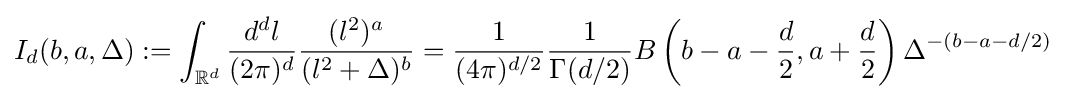
I_{d}(b,a,\Delta ):=\int _{\mathbb {R} ^{d}}{\frac {d^{d}l}{(2\pi )^{d}}}{\frac {(l^{2})^{a}}{(l^{2}+\Delta )^{b}}}={\frac {1}{(4\pi )^{d/2}}}{\frac {1}{\Gamma (d/2)}}B\left(b-a-{\frac {d}{2}},a+{\frac {d}{2}}\right)\Delta ^{-(b-a-d/2)}